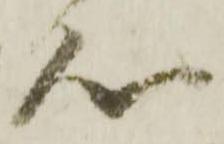
心